Civil Veterinary Dept. Bombay admin report 1900-1906 - 1900-1906
Year: 1900
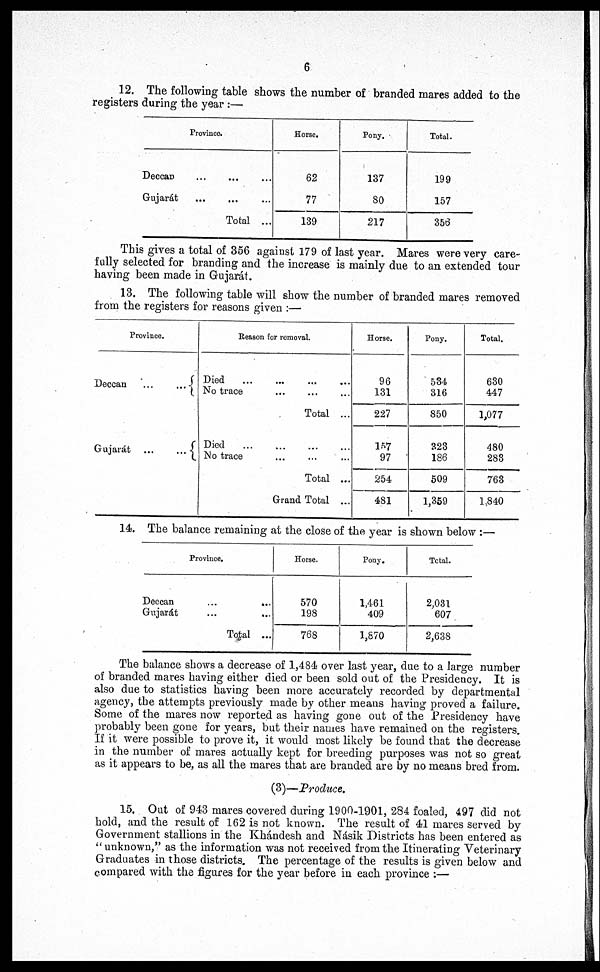
6
12. The following table shows the number of branded mares added to the
registers during the year :—
Province.
Deccan ... ... ...
Gujarat
...
...
...
Total ...
Horse.
62
77
139
Pony.
137
80
217
Total.
199
157
356
This gives a total of 356 against 179 of last year. Mares were very care-
fully selected for branding and the increase is mainly due to an extended tour
having been made in Gujarát.
13. The following table will show the number of branded mares removed
from the registers for reasons given :—
Province.
Deccan
...
...
Gujarát ...
...
Reason for removal.
Died ... ... ... ...
No trace ... ... ...
Total ...
Died ... ... ... ...
No trace ... ... ... ...
Total ...
Grand Total ...
Horse.
96
131
227
157
97
254
481
Pony.
534
316
850
323
186
509
1,359
Total.
630
447
1,077
480
283
763
1,840
14. The balance remaining at the close of the year is shown below :—
Province.
Deccan ... ...
Gujarát ... ...
To|al ...
Horse.
570
198
768
Pony.
1,461
409
1,870
Total.
2,031
607
2,638
The balance shows a decrease of 1,484 over last year, due to a large number
of branded mares having either died or been sold out of the Presidency. It is
also due to statistics having been more accurately recorded by departmental
agency, the attempts previously made by other means having proved a failure.
Some of the mares now reported as having gone out of the Presidency have
probably been gone for years, but their names have remained on the registers.
If it were possible to prove it, it would most likely be found that the decrease
in the number of mares actually kept for breeding purposes was not so great
as it appears to be, as all the mares that are branded are by no means bred from.
(3)—Produce.
15. Out of 943 mares covered during 1900-1901, 284 foaled, 497 did not
hold, and the result of 162 is not known. The result of 41 mares served by
Government stallions in the Khándesh and Násik Districts has been entered as
" unknown," as the information was not received from the Itinerating Veterinary
Graduates in those districts. The percentage of the results is given below and
compared with the figures for the year before in each province :—